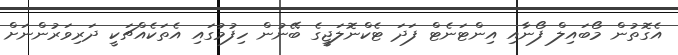
އެގޮތުން މޯބައިލް ފޯނާއި އިންޓަނެޓް ފަދަ ޓެކްނޮލަޖީގެ ބޭނުން ހިފުމުގައި އެތަކެއްޗަކީ ދަރިވަރުންނަށް